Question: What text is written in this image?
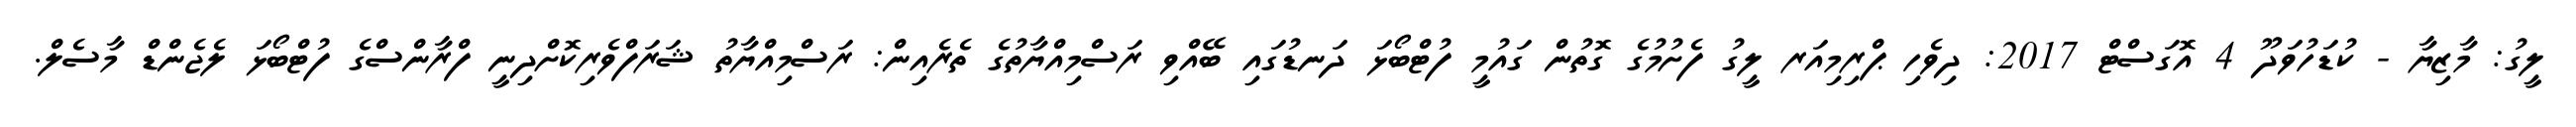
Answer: ލީގު: މާޒިޔާ - ކުޑަހުވަދޫ 4 އޮގަސްޓް 2017: ދިވެހި ޕްރިމިއަރ ލީގު ފެށުމުގެ ގޮތުން ގައުމީ ފުޓްބޯޅަ ދަނޑުގައި ބޭއްވި ރަސްމިއްޔާތުގެ ތެރެއިން: ރަސްމިއްޔާތު ޝަރަފްވެރިކޮށްދިނީ ފްރާންސްގެ ފުޓްބޯޅަ ލެޖެންޑް މާސެލް.